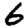
Digit: 6